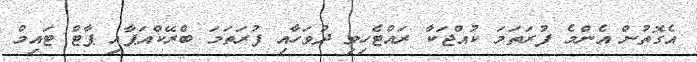
އެގޮތުން އެންމެ ފުރަތަމަ ކުއްޖަކާ ރައްޓެހިވި ދުވަހާއި ފުރަތަމަ ބްރޭކްއަޕާއި ޕާޓް ޓައިމް